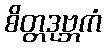
စိတ္တဒုဗ္ဘကံ